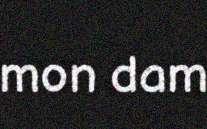
mon dam